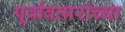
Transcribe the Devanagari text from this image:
पूर्वावतारांच्या